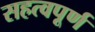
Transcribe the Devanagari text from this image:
सहत्वपूर्ण